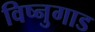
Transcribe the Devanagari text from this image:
विष्नुगाड